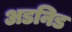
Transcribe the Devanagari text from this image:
अडनिड